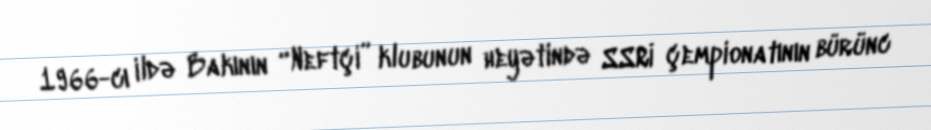
1966-cı ildə Bakının “Neftçi” klubunun heyətində SSRİ çempionatının bürünc